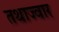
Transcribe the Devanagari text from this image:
तथाज्वार